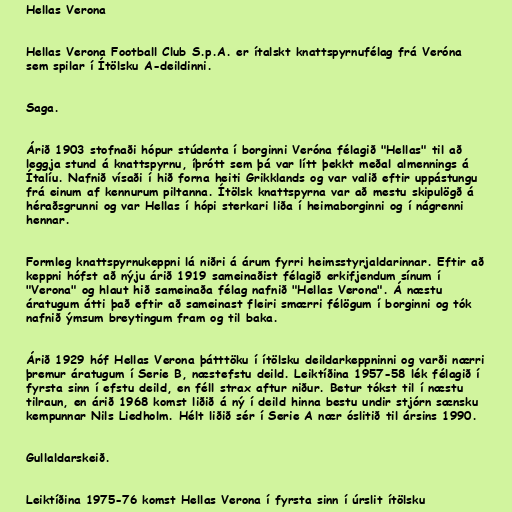
Hellas Verona

Hellas Verona Football Club S.p.A. er ítalskt knattspyrnufélag frá Veróna
sem spilar í Ítölsku A-deildinni.

Saga.

Árið 1903 stofnaði hópur stúdenta í borginni Veróna félagið "Hellas" til að
leggja stund á knattspyrnu, íþrótt sem þá var lítt þekkt meðal almennings á
Ítalíu. Nafnið vísaði í hið forna heiti Grikklands og var valið eftir uppástungu
frá einum af kennurum piltanna. Ítölsk knattspyrna var að mestu skipulögð á
héraðsgrunni og var Hellas í hópi sterkari liða í heimaborginni og í nágrenni
hennar.

Formleg knattspyrnukeppni lá niðri á árum fyrri heimsstyrjaldarinnar. Eftir að
keppni hófst að nýju árið 1919 sameinaðist félagið erkifjendum sínum í
"Verona" og hlaut hið sameinaða félag nafnið "Hellas Verona". Á næstu
áratugum átti það eftir að sameinast fleiri smærri félögum í borginni og tók
nafnið ýmsum breytingum fram og til baka.

Árið 1929 hóf Hellas Verona þátttöku í ítölsku deildarkeppninni og varði nærri
þremur áratugum í Serie B, næstefstu deild. Leiktíðina 1957-58 lék félagið í
fyrsta sinn í efstu deild, en féll strax aftur niður. Betur tókst til í næstu
tilraun, en árið 1968 komst liðið á ný í deild hinna bestu undir stjórn sænsku
kempunnar Nils Liedholm. Hélt liðið sér í Serie A nær óslitið til ársins 1990.

Gullaldarskeið.

Leiktíðina 1975-76 komst Hellas Verona í fyrsta sinn í úrslit ítölsku